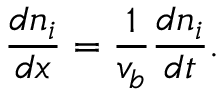
\frac { d n _ { i } } { d x } = \frac { 1 } { v _ { b } } \frac { d n _ { i } } { d t } .